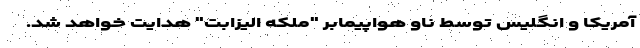
آمریکا و انگلیس توسط ناو هواپیمابر "ملکه الیزابت" هدایت خواهد شد.